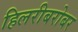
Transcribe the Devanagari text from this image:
हिलरीबरोबर